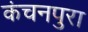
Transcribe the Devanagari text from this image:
कंचनपुरा